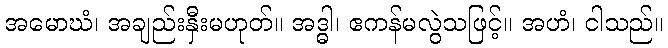
အမောဃံ၊ အချည်းနှီးမဟုတ်။ အဒ္ဓါ၊ ဧကန်မလွဲသဖြင့်။ အဟံ၊ ငါသည်။